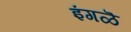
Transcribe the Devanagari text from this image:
इंगळॆ